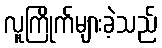
လူကြိုက်များခဲ့သည်